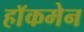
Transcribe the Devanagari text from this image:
हाॅकमेन